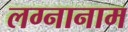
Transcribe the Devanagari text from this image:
लग्नानाम